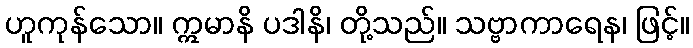
ဟူကုန်သော။ ဣမာနိ ပဒါနိ၊ တို့သည်။ သဗ္ဗာကာရေန၊ ဖြင့်။